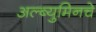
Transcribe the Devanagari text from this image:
अल्ब्युमिनचे